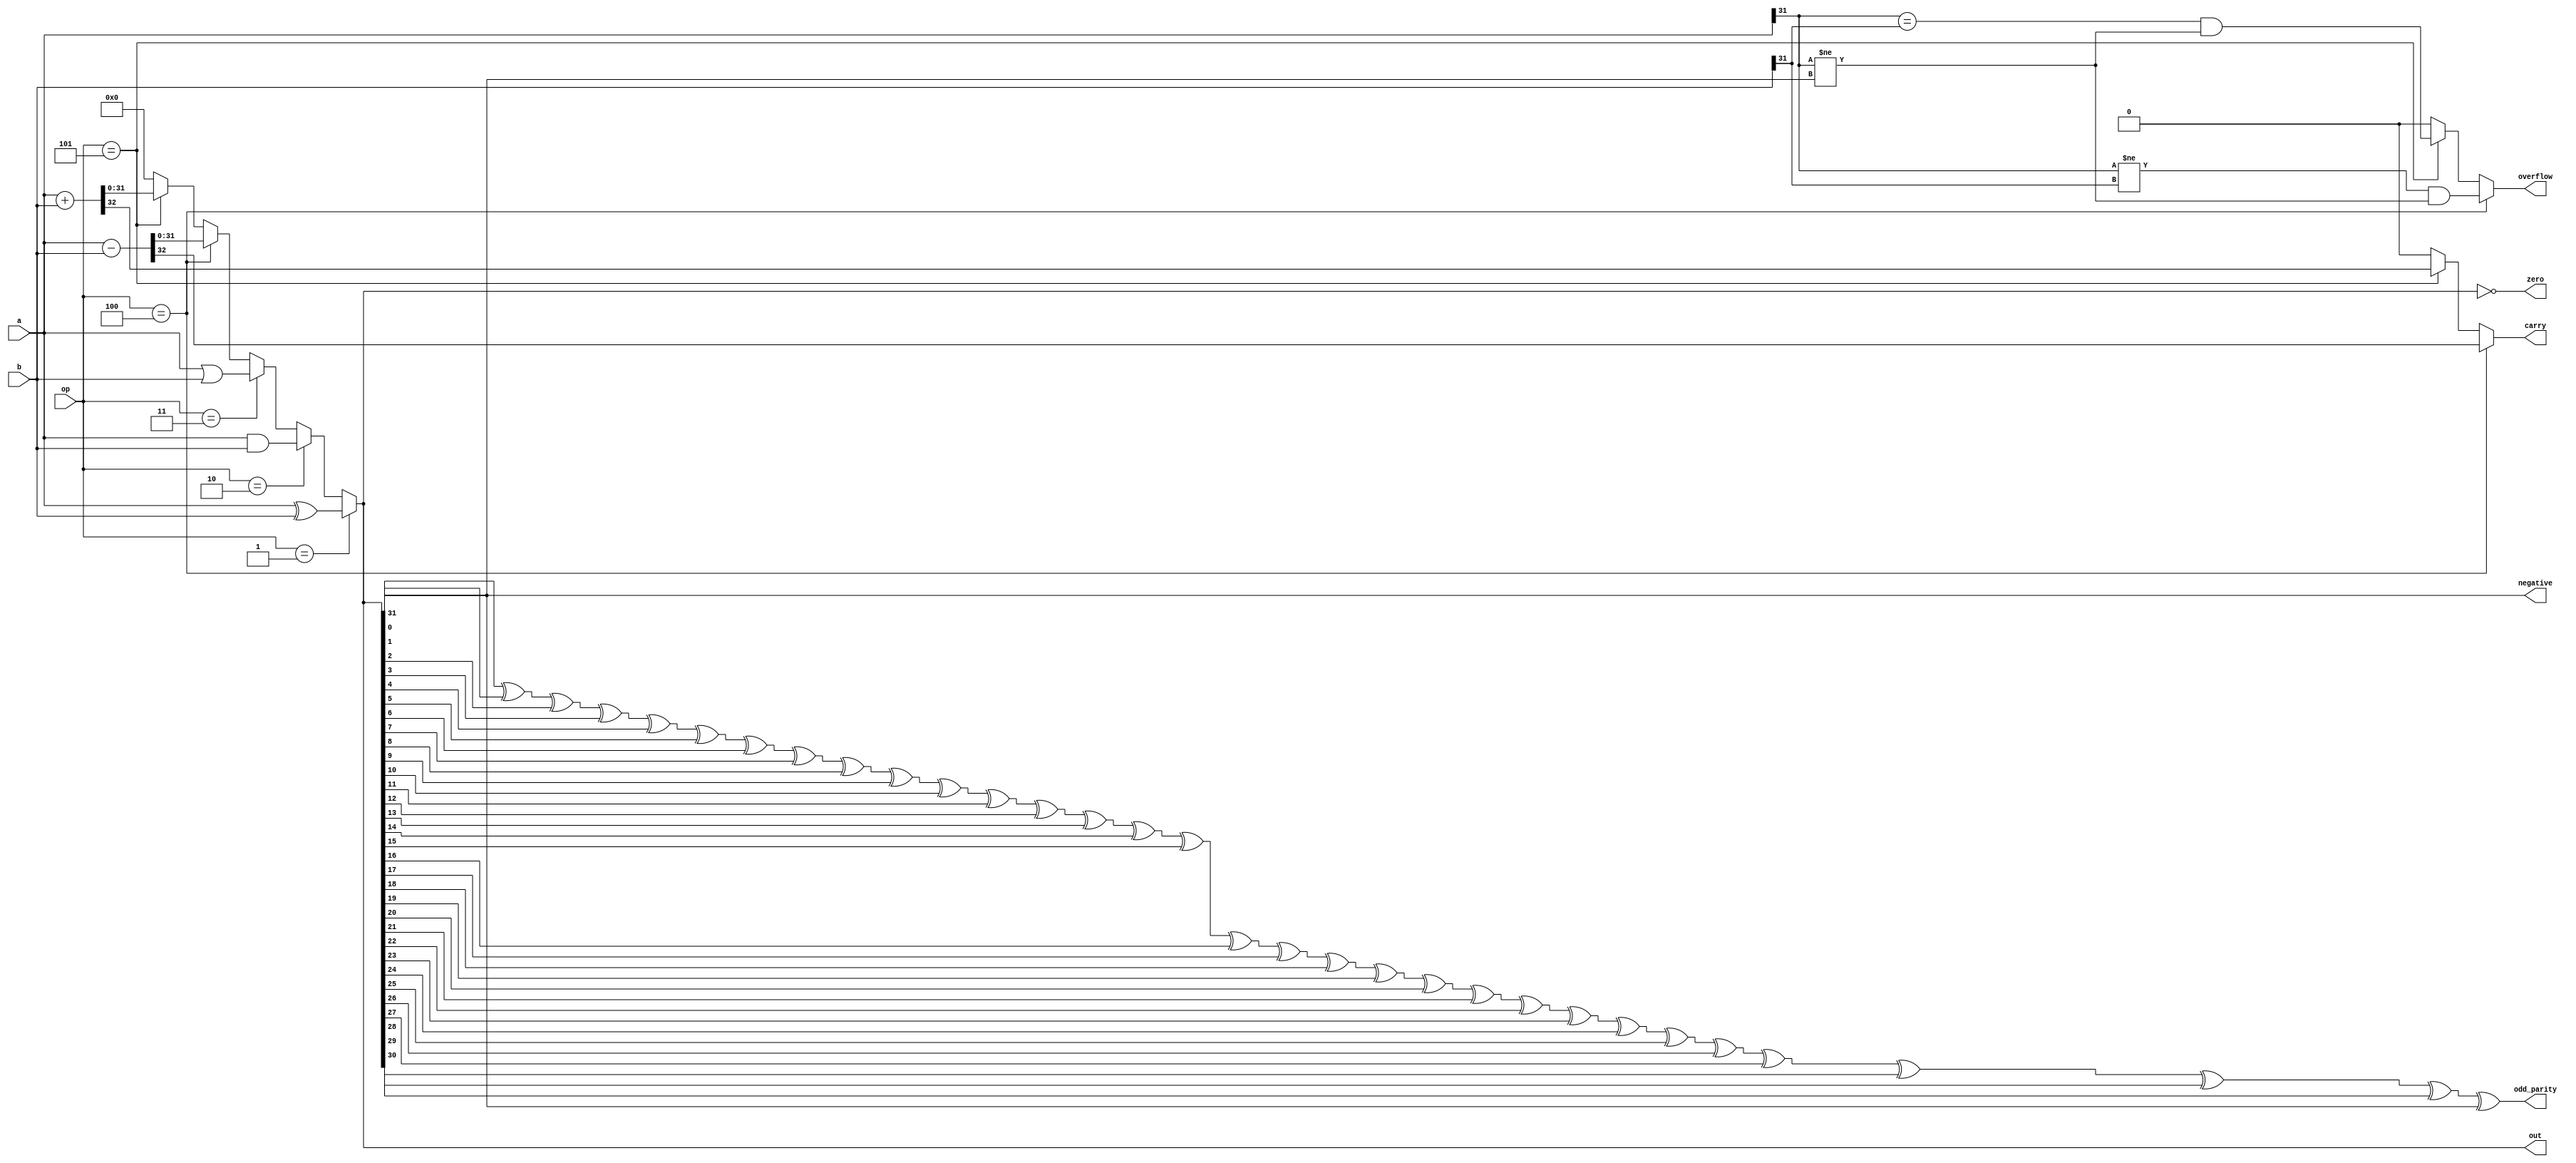
module ALU (
    op, a, b, out, zero, overflow, carry, negative, odd_parity
);

    input [3:0] op;
    input [31:0] a, b;
    output [31:0] out;
    output zero, overflow, carry, negative, odd_parity;

    wire [31:0] op_add, op_sub, op_and, op_or, op_xor;
    wire [32:0] add_carry, sub_carry;

    assign op_and = a & b;
    assign op_or = a | b;
    assign op_xor = a ^ b;
    assign add_carry = a + b;
    assign sub_carry = a - b;

    assign op_add = add_carry[31:0];
    assign op_sub = sub_carry[31:0];

    assign out = (op == 4'b0001) ? op_xor :
                 (op == 4'b0010) ? op_and :
                 (op == 4'b0011) ? op_or :
                 (op == 4'b0100) ? op_sub :
                 (op == 4'b0101) ? op_add :
                 32'b0;

    assign zero = (out == 32'b0);

    assign negative = out[31];

    // using the 2's complement representation
    assign overflow = (op == 4'b0100) ? (a[31] != b[31] && a[31] != out[31]) :
                      (op == 4'b0101) ? (a[31] == b[31] && a[31] != out[31]) :
                      1'b0;

    assign carry = (op == 4'b0100) ? sub_carry[32] :
                   (op == 4'b0101) ? add_carry[32] :
                   1'b0;

    assign odd_parity = (out[0] ^ out[1] ^ out[2] ^ out[3] ^ out[4] ^ out[5] ^ out[6] ^ out[7] ^ out[8] ^ out[9] ^ out[10] ^ out[11] ^ out[12] ^ out[13] ^ out[14] ^ out[15] ^ out[16] ^ out[17] ^ out[18] ^ out[19] ^ out[20] ^ out[21] ^ out[22] ^ out[23] ^ out[24] ^ out[25] ^ out[26] ^ out[27] ^ out[28] ^ out[29] ^ out[30] ^ out[31]);
    
endmodule